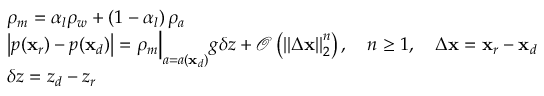
\begin{array} { r l } & { \rho _ { m } = \alpha _ { l } \rho _ { w } + \left( 1 - \alpha _ { l } \right) \rho _ { a } } \\ & { \left| p ( \mathbf { x } _ { r } ) - p ( \mathbf { x } _ { d } ) \right| = \rho _ { m } \Big | _ { a = a ( \mathbf { x } _ { d } ) } g \delta z + \mathcal { O } \left( \left| \left| \Delta \mathbf { x } \right| \right| _ { 2 } ^ { n } \right) , \quad n \geq 1 , \quad \Delta \mathbf { x } = \mathbf { x } _ { r } - \mathbf { x } _ { d } } \\ & { \delta z = z _ { d } - z _ { r } } \end{array}